Vaccination in Bombay 1863-1868 - 1863-1868
Year: 1863
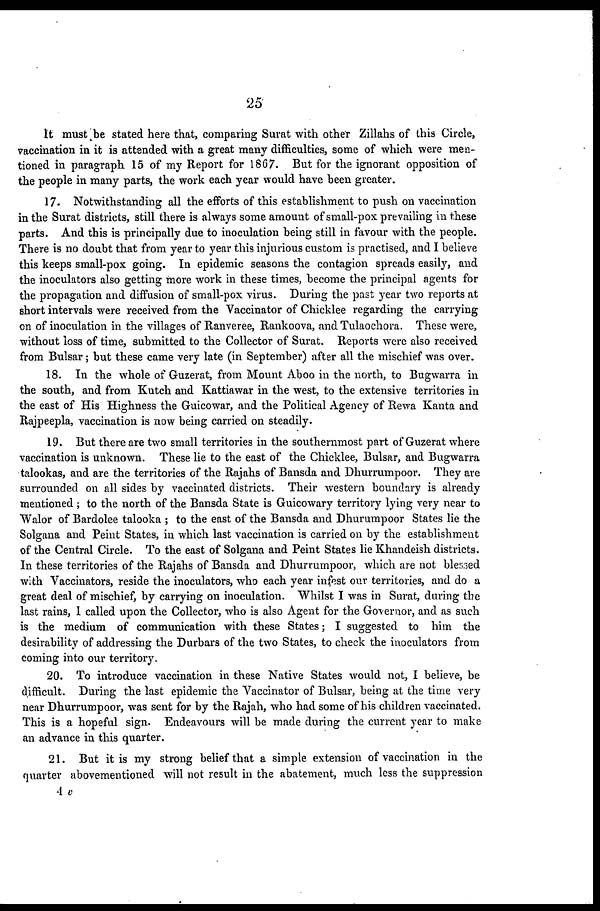
25
It must be stated here that, comparing Surat with other Zillahs of this Circle,
vaccination in it is attended with a great many difficulties, some of which were men-
tioned in paragraph 15 of my Report for 1867. But for the ignorant opposition of
the people in many parts, the work each year would have been greater.
17. Notwithstanding all the efforts of this establishment to push on vaccination
in the Surat districts, still there is always some amount of small-pox prevailing in these
parts. And this is principally due to inoculation being still in favour with the people.
There is no doubt that from year to year this injurious custom is practised, and I believe
this keeps small-pox going. In epidemic seasons the contagion spreads easily, and
the inoculators also getting more work in these times, become the principal agents for
the propagation and diffusion of small-pox virus. During the past year two reports at
short intervals were received from the Vaccinator of Chicklee regarding the carrying
on of inoculation in the villages of Ranveree, Rankoova, and Tulaochora. These were,
without loss of time, submitted to the Collector of Surat. Reports were also received
from Bulsar; but these came very late (in September) after all the mischief was over.
18. In the whole of Guzerat, from Mount Aboo in the north, to Bugwarra in
the south, and from Kutch and Kattiawar in the west, to the extensive territories in
the east of His Highness the Guicowar, and the Political Agency of Rewa Kanta and
Rajpeepla, vaccination is now being carried on steadily.
19. But there are two small territories in the southernmost part of Guzerat where
vaccination is unknown. These lie to the east of the Chicklee, Bulsar, and Bugwarra
talookas, and are the territories of the Rajahs of Bansda and Dhurrumpoor. They are
surrounded on all sides by vaccinated districts. Their western boundary is already
mentioned; to the north of the Bansda State is Guicowary territory lying very near to
Walor of Bardolee talooka ; to the east of the Bansda and Dhurumpoor States lie the
Solgana and Peint States, in which last vaccination is carried on by the establishment
of the Central Circle. To the east of Solgana and Peint States lie Khandeish districts.
In these territories of the Rajahs of Bansda and Dhurrumpoor, which are not blessed
with Vaccinators, reside the inoculators, who each year infest our territories, and do a
great deal of mischief, by carrying on inoculation. Whilst I was in Surat, during the
last rains, I called upon the Collector, who is also Agent for the Governor, and as such
is the medium of communication with these States; I suggested to him the
desirability of addressing the Durbars of the two States, to check the inoculators from
coming into our territory.
20. To introduce vaccination in these Native States would not, I believe, be
difficult. During the last epidemic the Vaccinator of Bulsar, being at the time very
near Dhurrumpoor, was sent for by the Rajah, who had some of his children vaccinated.
This is a hopeful sign. Endeavours will be made during the current year to make
an advance in this quarter.
21. But it is my strong belief that a simple extension of vaccination in the
quarter abovementioned will not result in the abatement, much less the suppression
4 v